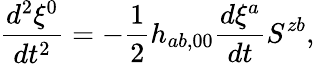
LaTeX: \frac{d^{2}\xi^{0}}{dt^{2}}=-\frac{1}{2}h_{ab,00}\frac{d\xi^{a}}{dt}S^{zb},